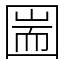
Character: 圌